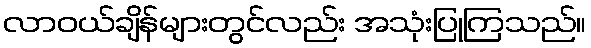
လာဝယ်ချိန်များတွင်လည်း အသုံးပြုကြသည်။